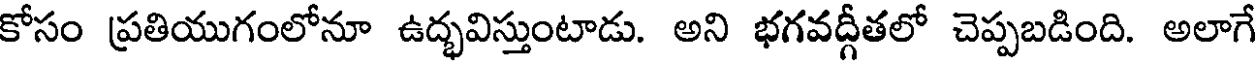
కోసం ప్రతియుగంలోనూ ఉద్భవిస్తుంటాడు. అని భగవద్గీతలో చెప్పబడింది. అలాగే